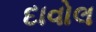
દાવોલ